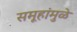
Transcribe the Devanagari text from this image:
समूहांमुळे